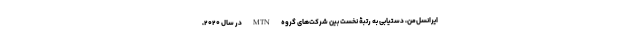
ایرانسل‌من، دستیابی به رتبۀ نخست بین شرکت‌های گروه MTN در سال ۲۰۲۰،